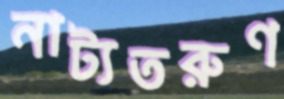
নাট্যতরুণ